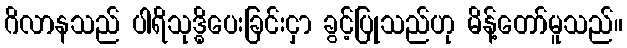
ဂိလာနသည် ပါရိသုဒ္ဓိပေးခြင်းငှာ ခွင့်ပြုသည်ဟု မိန့်တော်မူသည်။